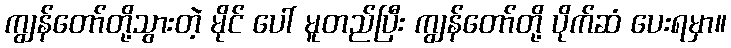
ကျွန်တော်တို့သွားတဲ့ မိုင် ပေါ် မူတည်ပြီး ကျွန်တော်တို့ ပိုက်ဆံ ပေးရမှာ။